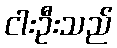
ငါးဦးသည်